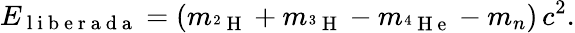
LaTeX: E_{\mathrm{~l~i~b~e~r~a~d~a~}}=(m_{^2\mathrm{~H~}}+m_{^3\mathrm{~H~}}-m_{^4\mathrm{~H~e~}}-m_{n})\, c^{2}.